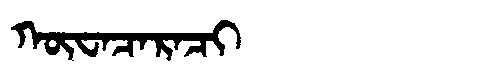
Manchu: ᡴᡡᠸᠠᠴᠠᡵᠠᠴᡳ
Romanization: KŪWACARACI